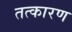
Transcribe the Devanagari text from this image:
तत्कारण